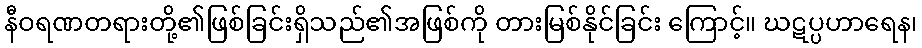
နီဝရဏတရားတို့၏ဖြစ်ခြင်းရှိသည်၏အဖြစ်ကို တားမြစ်နိုင်ခြင်း ကြောင့်။ ဃဋပ္ပဟာရေန၊